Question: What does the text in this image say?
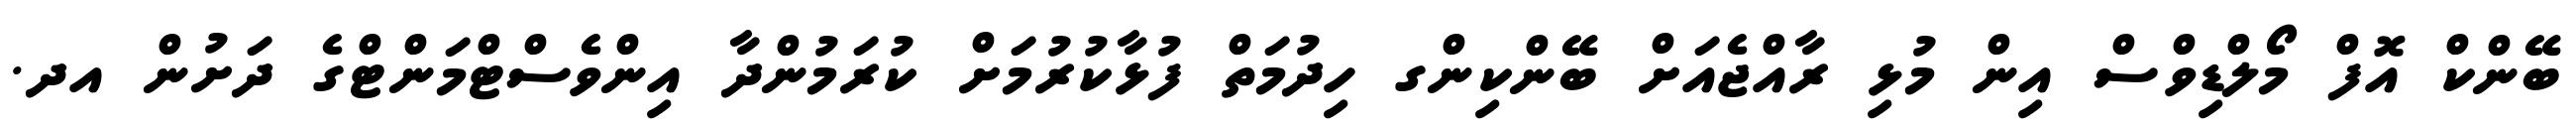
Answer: ބޭންކް އޮފް މޯލްޑިވްސް އިން މުޅި ރާއްޖެއަށް ބޭންކިންގ ހިދުމަތް ފުޅާކުރުމަށް ކުރަމުންދާ އިންވެސްޓްމަންޓްގެ ދަށުން އދ.